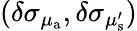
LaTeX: (\delta\sigma_{\mu_{\mathrm{a}}},\delta\sigma_{\mu_{\mathrm{s}}^{\prime}})